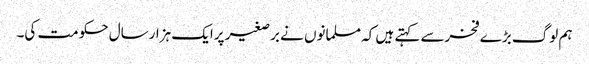
ہم لوگ بڑے فخرسے کہتے ہیں کہ مسلمانوں نے برصغیر پرایک ہزارسال حکومت کی۔